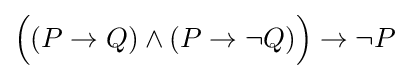
{\Big (}(P\rightarrow Q)\land (P\rightarrow \neg Q){\Big )}\rightarrow \neg P